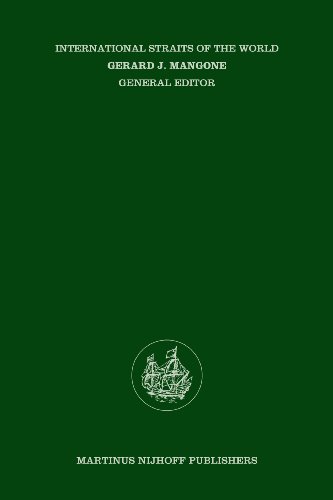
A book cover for The Legal Regime of the Turkish Straits (International Straits of the World); Nihan Unlu; Law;